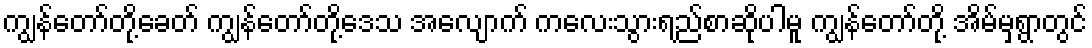
ကျွန်တော်တို့ခေတ် ကျွန်တော်တို့ဒေသ အလျောက် ကလေးသွားရည်စာဆိုပါမူ ကျွန်တော်တို့ အိမ်မှရွာတွင်